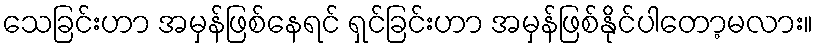
သေခြင်းဟာ အမှန်ဖြစ်နေရင် ရှင်ခြင်းဟာ အမှန်ဖြစ်နိုင်ပါတော့မလား။